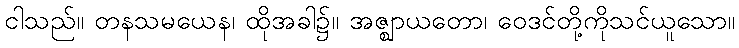
ငါသည်။ တနသမယေန၊ ထိုအခါ၌။ အဇ္ဈာယတော၊ ဝေဒင်တို့ကိုသင်ယူသော။